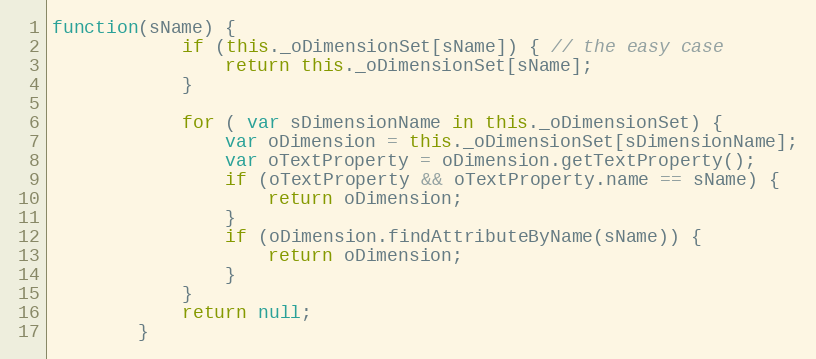
Language: JavaScript
function(sName) {
			if (this._oDimensionSet[sName]) { // the easy case
				return this._oDimensionSet[sName];
			}

			for ( var sDimensionName in this._oDimensionSet) {
				var oDimension = this._oDimensionSet[sDimensionName];
				var oTextProperty = oDimension.getTextProperty();
				if (oTextProperty && oTextProperty.name == sName) {
					return oDimension;
				}
				if (oDimension.findAttributeByName(sName)) {
					return oDimension;
				}
			}
			return null;
		}